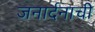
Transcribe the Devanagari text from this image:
जनार्दनाची